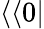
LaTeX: \langle\langle 0|